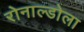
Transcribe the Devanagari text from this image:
रोनाल्डोला